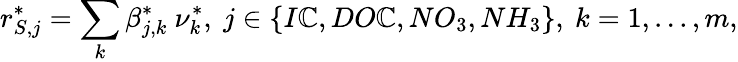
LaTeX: r_{S,j}^{*}=\sum_{k}\beta_{j,k}^{*}\ \nu_{k}^{*},\ j\in\{ I\mathbb{C},DO\mathbb{C},NO_{3},NH_{3}\} ,\ k=1,...,m,